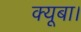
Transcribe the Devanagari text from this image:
क्यूबा।